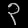
Digit: ၃